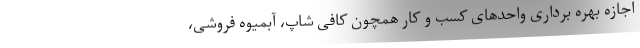
اجازه بهره برداری واحدهای کسب و کار همچون کافی شاپ، آبمیوه فروشی،